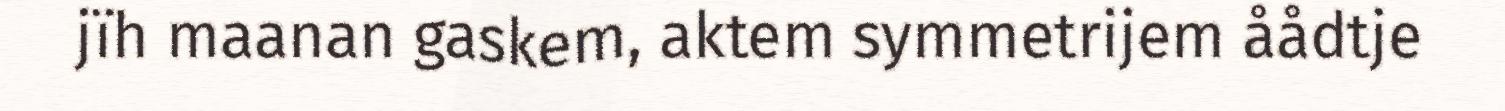
jïh maanan gaskem, aktem symmetrijem åådtje